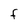
Character: F